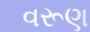
વરૂણ